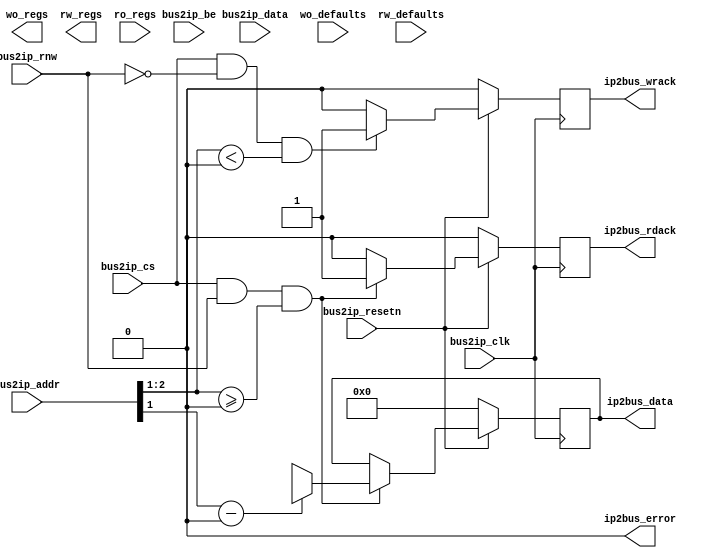
module ipif_regs
 #(
   parameter C_S_AXI_DATA_WIDTH = 32,
   parameter C_S_AXI_ADDR_WIDTH = 32,
   parameter NUM_WO_REGS = 0, // Number of registers written by software and read by hardware only
   parameter NUM_RW_REGS = 0, // Number of registers written by software and read by both hardware and software
   parameter NUM_RO_REGS = 0  // Number of registers written by hardware and read by software only
   // Address Mapping
   //  ------  = base_address
   // |  WO  |
   // |------|         |
   // |  RW  |         |
   // |------|         \/
   // |  RO  |
   //  ------  = high_address
 )
 (
   // -- IPIF ports
   input                                               bus2ip_clk,
   input                                               bus2ip_resetn,
   input      [C_S_AXI_ADDR_WIDTH-1 : 0]               bus2ip_addr,
   input                                               bus2ip_cs,
   input                                               bus2ip_rnw,
   input      [C_S_AXI_DATA_WIDTH-1 : 0]               bus2ip_data,
   input      [C_S_AXI_DATA_WIDTH/8-1 : 0]             bus2ip_be,
   output     reg [C_S_AXI_DATA_WIDTH-1 : 0]           ip2bus_data,
   output     reg                                      ip2bus_rdack,
   output     reg                                      ip2bus_wrack,
   output                                              ip2bus_error,

   // -- Register ports
   output    [NUM_WO_REGS*C_S_AXI_DATA_WIDTH : 0]      wo_regs,
   input     [NUM_WO_REGS*C_S_AXI_DATA_WIDTH : 0]      wo_defaults,
   output    [NUM_RW_REGS*C_S_AXI_DATA_WIDTH : 0]      rw_regs,
   input     [NUM_RW_REGS*C_S_AXI_DATA_WIDTH : 0]      rw_defaults,
   input     [NUM_RO_REGS*C_S_AXI_DATA_WIDTH : 0]      ro_regs
 );

    function integer log2;
      input integer number;
      begin
         log2=0;
         while(2**log2<number) begin
            log2=log2+1;
         end
      end
   endfunction

   // -- internal parameters
   localparam addr_width = log2(NUM_WO_REGS+NUM_RW_REGS+NUM_RO_REGS);
   localparam addr_width_lsb = log2(C_S_AXI_ADDR_WIDTH/8);
   localparam addr_width_msb = addr_width+addr_width_lsb;

   // -- interal wire/regs
   genvar i;
   integer j;

   wire [C_S_AXI_DATA_WIDTH-1 : 0] reg_file_rd_port  [0 : NUM_RW_REGS+NUM_RO_REGS-1];
   reg  [C_S_AXI_DATA_WIDTH-1 : 0] reg_file_wr_port  [0 : NUM_WO_REGS+NUM_RW_REGS-1];
   wire [C_S_AXI_DATA_WIDTH-1 : 0] reg_file_defaults [0 : NUM_WO_REGS+NUM_RW_REGS-1];

   generate
	 // Unpacking Write Only registers
	 if (NUM_WO_REGS > 0)
	   for (i=0; i<NUM_WO_REGS; i=i+1) begin : WO
	     assign wo_regs[C_S_AXI_DATA_WIDTH*(i+1)-1 : C_S_AXI_DATA_WIDTH*i] = reg_file_wr_port[i];
             assign reg_file_defaults[i] = wo_defaults[C_S_AXI_DATA_WIDTH*(i+1)-1 : C_S_AXI_DATA_WIDTH*i];
	   end

	 // Unpacking Read Write registers
	 if (NUM_RW_REGS > 0)
	   for (i=0; i<NUM_RW_REGS; i=i+1) begin : RW
	     assign rw_regs[C_S_AXI_DATA_WIDTH*(i+1)-1 : C_S_AXI_DATA_WIDTH*i] = reg_file_wr_port[NUM_WO_REGS+i];
		 assign reg_file_rd_port[i] = reg_file_wr_port[NUM_WO_REGS+i];
             assign reg_file_defaults[NUM_WO_REGS+i] = rw_defaults[C_S_AXI_DATA_WIDTH*(i+1)-1 : C_S_AXI_DATA_WIDTH*i];
	   end

     // Unpacking Read Only registers
     if (NUM_RO_REGS > 0)
	   for (i=0; i<NUM_RO_REGS; i=i+1) begin : RO
	     assign reg_file_rd_port[NUM_RW_REGS+i] = ro_regs[C_S_AXI_DATA_WIDTH*(i+1)-1 : C_S_AXI_DATA_WIDTH*i];
           end
   endgenerate

   // -- Implementation

   assign ip2bus_error = 1'b0;

   // SW writes
   always @ (posedge bus2ip_clk) begin
     if (~bus2ip_resetn) begin
	   for (j=0; j<(NUM_WO_REGS+NUM_RW_REGS); j=j+1)
	     reg_file_wr_port[j] <= reg_file_defaults[j];

	   ip2bus_wrack <= 1'b0;
	 end
	 else begin
	   ip2bus_wrack <= 1'b0;

	   if (bus2ip_cs && !bus2ip_rnw && bus2ip_addr[addr_width_msb-1:addr_width_lsb] < (NUM_WO_REGS+NUM_RW_REGS)) begin
	     reg_file_wr_port[bus2ip_addr[addr_width_msb-1:addr_width_lsb]] <= bus2ip_data;
		 ip2bus_wrack <= 1'b1;
	   end
	 end
   end

   // SW reads
   always @ (posedge bus2ip_clk) begin
     if (~bus2ip_resetn) begin
	   ip2bus_data <= {C_S_AXI_DATA_WIDTH{1'b0}};
	   ip2bus_rdack <= 1'b0;
	 end
	 else begin
	   ip2bus_rdack <= 1'b0;

	   if (bus2ip_cs && bus2ip_rnw && bus2ip_addr[addr_width_msb-1:addr_width_lsb] >= (NUM_WO_REGS)) begin
	     ip2bus_data <= reg_file_rd_port[bus2ip_addr[addr_width_msb-1:addr_width_lsb]-NUM_WO_REGS];
		 ip2bus_rdack <= 1'b1;
	   end
	 end
   end

 endmodule